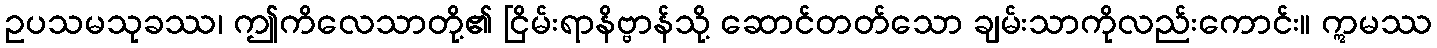
ဥပသမသုခဿ၊ ဤကိလေသာတို့၏ ငြိမ်းရာနိဗ္ဗာန်သို့ ဆောင်တတ်သော ချမ်းသာကိုလည်းကောင်း။ ဣမဿ